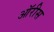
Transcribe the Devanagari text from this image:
ऑरीस